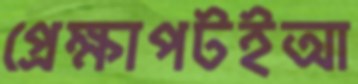
প্রেক্ষাপটইআ